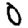
Digit: 0